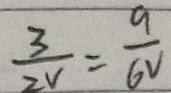
\frac { 3 } { 2 V } = \frac { 9 } { 6 V }